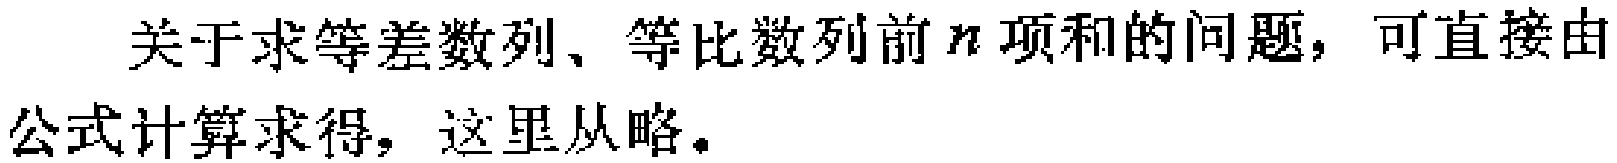
关于求等差数列、等比数列前\(n\)项和的问题，可直接由公式计算求得，这里从略。